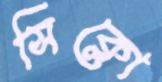
সিক্লো